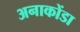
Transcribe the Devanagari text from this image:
अनाकोंडा